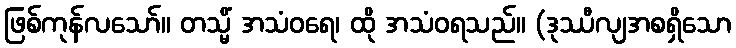
ဖြစ်ကုန်လသော်။ တသ္မိံ အသံဝရေ၊ ထို အသံဝရသည်။ (ဒုဿီလျအစရှိသော